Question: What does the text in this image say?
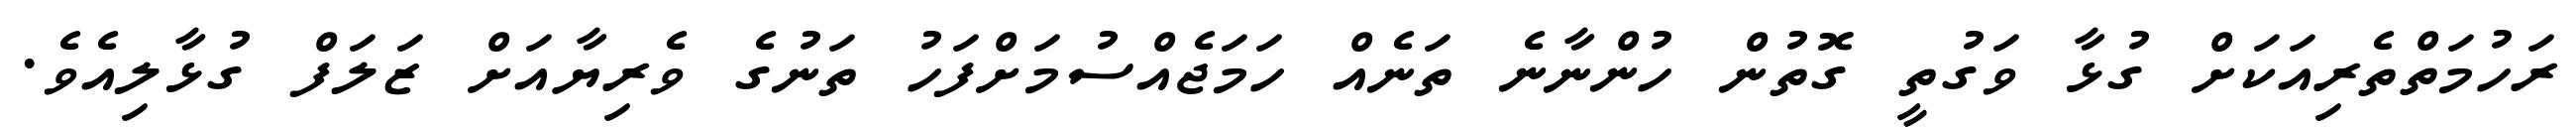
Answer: ރަހުމަތްތެރިއަކަށް ގުޅާ ވަގުތީ ގޮތުން ހުންނާނެ ތަނެއް ހަމަޖެއްސުމަށްފަހު ތަނުގެ ވެރިޔާއަށް ޒަލަފް ގުޅާލިއެވެ.